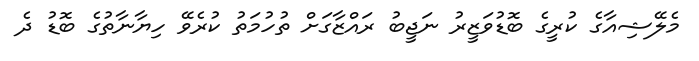
މެލޭޝިއާގެ ކުރީގެ ބޮޑުވަޒީރު ނަޖީބު ރައްޒާގަށް ތުހުމަތު ކުރެވޭ ހިޔާނާތުގެ ބޮޑު ދެ